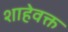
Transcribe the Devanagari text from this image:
शाहेवक्त